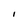
Character: I